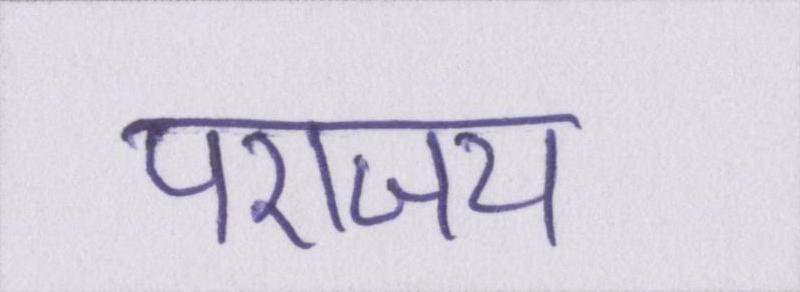
पराजय